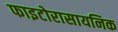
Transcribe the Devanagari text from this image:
फाइटोरासायनिक